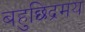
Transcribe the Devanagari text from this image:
बहुछिद्रमय